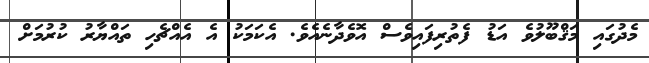
މެދުގައި މަޤްބޫލުވެ އަޑު ފެތުރިފައިވެސް އޮވެދާނެއެވެ. އެކަމަކު އެ އެއްޗެހި ތައްޔާރު ކުރުމަށް